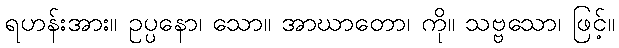
ရဟန်းအား။ ဥပ္ပနော၊ သော။ အာဃာတော၊ ကို။ သဗ္ဗသော၊ ဖြင့်။